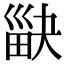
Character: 𤱾